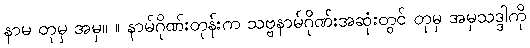
နာမ တုမှ အမှ။ ။ နာမ်ဂိုဏ်းတုန်းက သဗ္ဗနာမ်ဂိုဏ်းအဆုံးတွင် တုမှ အမှသဒ္ဒါကို